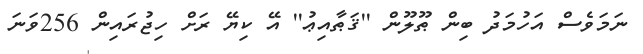
ނަމަވެސް އަހުމަދު ބިން ޠޫލޫން ''ޤަޠާއިޢު'' އޭ ކިޔޭ ރަށް ހިޖުރައިން 256ވަނަ